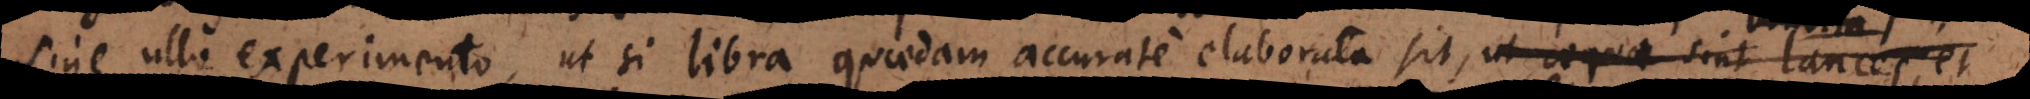
sine ullo experimento, ut si libra quaedam accurate elaborata sit, ut aequae sint lances, a